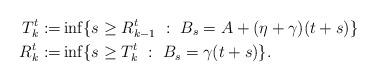
LaTeX: \begin{align*}T^t_k:=& \inf\{s\geq R^t_{k-1} \ : \ B_s=A+(\eta+\gamma)(t+s)\}\\ R^t_k:=& \inf\{s\geq T^t_{k} \ : \ B_s= \gamma(t+s)\}. \end{align*}